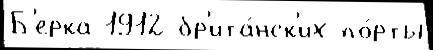
Б'ерка 1912 бр'ита́нск'их по́рты